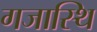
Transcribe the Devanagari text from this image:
गजास्थि